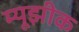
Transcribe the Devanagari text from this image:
म्यूझीक